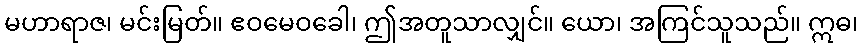
မဟာရာဇ၊ မင်းမြတ်။ ဧဝမေဝခေါ၊ ဤအတူသာလျှင်။ ယော၊ အကြင်သူသည်။ ဣဓ၊